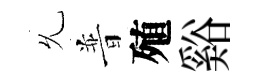
𠃔普殖谿